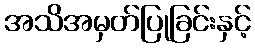
အသိအမှတ်ပြုခြင်းနှင့်